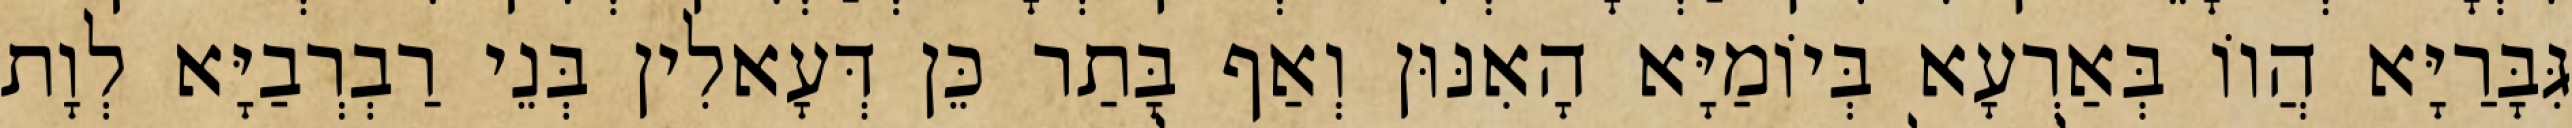
גִּבָּרַיָּא הֲווֹ בְּאַרְעָא בְּיוֹמַיָּא הָאִנּוּן וְאַף בָּתַר כֵּן דְּעָאלִין בְּנֵי רַבְרְבַיָּא לְוָת